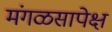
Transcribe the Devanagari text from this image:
मंगळसापेक्ष